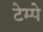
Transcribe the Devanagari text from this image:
टेम्पे